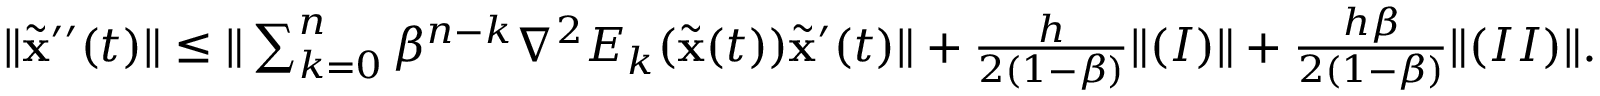
\begin{array} { r l } & { \| \widetilde \mathbf { x } ^ { \prime \prime } ( t ) \| \leq \| \sum _ { k = 0 } ^ { n } \beta ^ { n - k } \nabla ^ { 2 } E _ { k } ( \widetilde \mathbf { x } ( t ) ) \widetilde \mathbf { x } ^ { \prime } ( t ) \| + \frac { h } { 2 ( 1 - \beta ) } \| ( I ) \| + \frac { h \beta } { 2 ( 1 - \beta ) } \| ( I I ) \| . } \end{array}